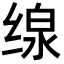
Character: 缐